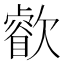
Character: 𣤧